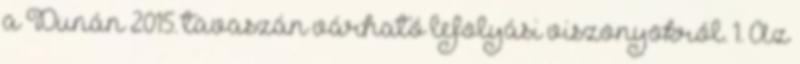
a Dunán 2015. tavaszán várható lefolyási viszonyokról. 1. Az